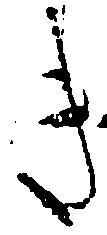
き